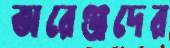
অরেঞ্জদের